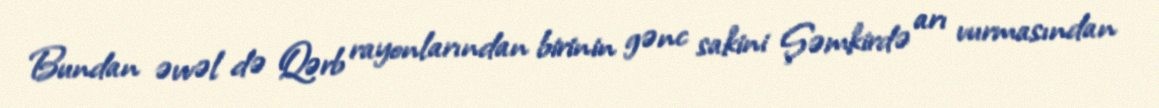
Bundan əvvəl də Qərb rayonlarından birinin gənc sakini Şəmkirdə arı vurmasından